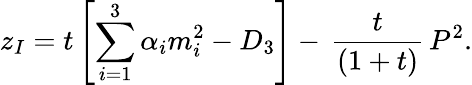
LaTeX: z_{I}=t\left[\sum_{i=1}^{3}\alpha_{i}m_{i}^{2}-D_{3}\right]-\, \frac{t}{(1+t)}\, P^{2}.